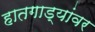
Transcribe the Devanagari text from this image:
हातगाड्यांवर